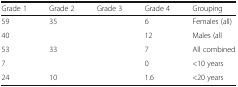
<table><thead><tr><td><b>Grade 1</b></td><td><b>Grade 2</b></td><td><b>Grade 3</b></td><td><b>Grade 4</b></td><td><b>Grouping</b></td></tr></thead><tbody><tr><td>59</td><td>35</td><td>[EMPTY_CELL]</td><td>6</td><td>Females (all)</td></tr><tr><td>40</td><td>[EMPTY_CELL]</td><td>[EMPTY_CELL]</td><td>12</td><td>Males (all</td></tr><tr><td>53</td><td>33</td><td>[EMPTY_CELL]</td><td>7</td><td>All combined</td></tr><tr><td>7</td><td>[EMPTY_CELL]</td><td>[EMPTY_CELL]</td><td>0</td><td>&lt;10 years</td></tr><tr><td>24</td><td>10</td><td>[EMPTY_CELL]</td><td>1.6</td><td>&lt;20 years</td></tr></tbody></table>